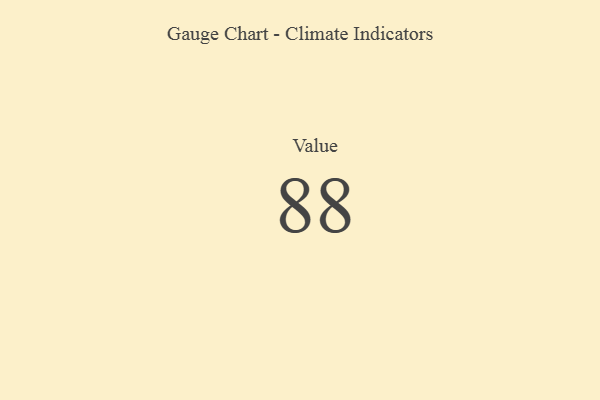
{"axis": {"x": "Metric", "y": "Value"}, "legend": [""], "data": [{"x": "Value", "y": 88, "type": ""}]}